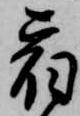
宿